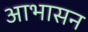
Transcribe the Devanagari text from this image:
आभासन